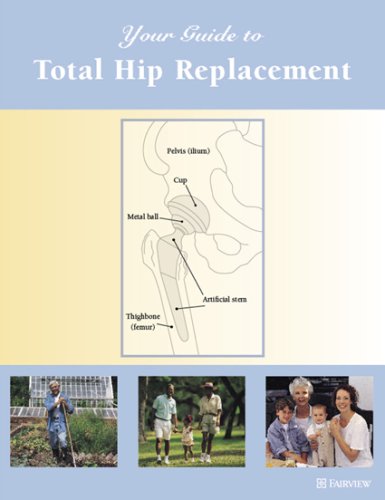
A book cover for Your Guide to Total Hip Replacement; Fairview Health Services; Health, Fitness & Dieting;